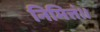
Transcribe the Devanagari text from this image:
निमित्तं॥